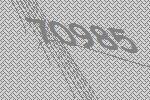
70985